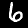
Digit: 6